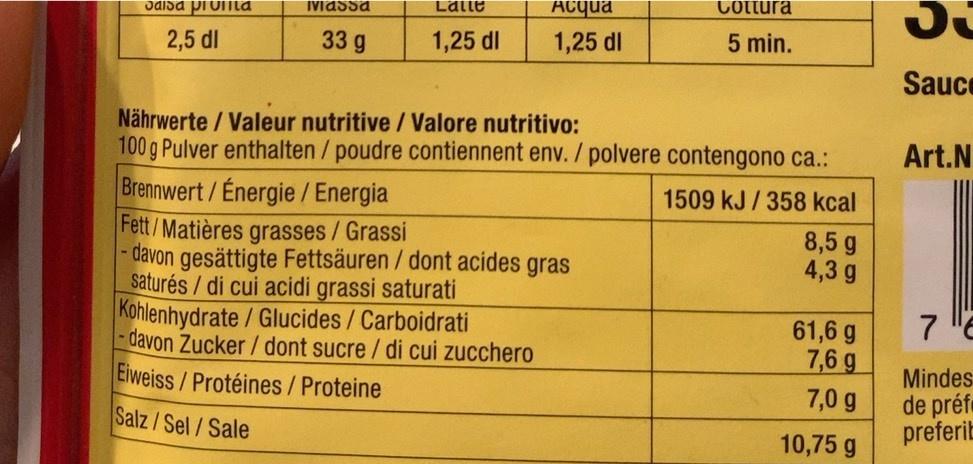
וLdi
Acqua
Cottura
IViassa
ddisa promta
2,5 dl
33 g
1,25 dl
1,25 dl
5 min.
Sauce
Nährwerte / Valeur nutritive / Valore nutritivo: 100 g Pulver enthalten / poudre contiennent env. / polvere contengono ca.: Brennwert/Énergie / Energia Fett/Matières grasses/Grassi - davon gesättigte Fettsäuren / dont acides gras saturés/di cui acidi grassi saturati Kohlenhydrate / Glucides / Carboidrati davon Zucker / dont sucre / di cui zucchero Eiweiss/ Protéines/Proteine
Art.N
1509 kJ / 358 kcal
8,5 g 4,3 g
61,6 g 7,6 g
Mindes de préf preferib
7,0 g
Salz/Sel/Sale
10,75 g